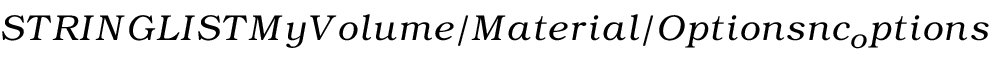
S T R I N G L I S T M y V o l u m e / M a t e r i a l / O p t i o n s n c _ { o } p t i o n s